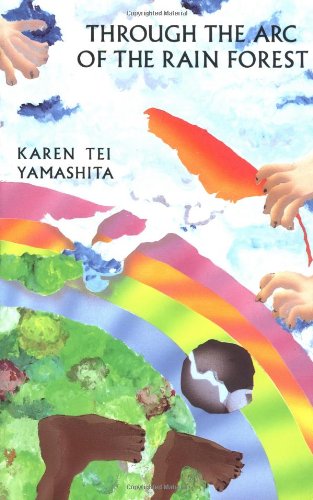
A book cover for Through the Arc of the Rain Forest; Karen Tei Yamashita; Science & Math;